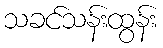
သခင်သန်းထွန်း